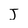
Character: J